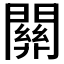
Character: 𨶚